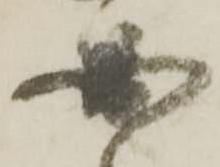
圖